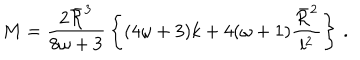
M = { \frac { 2 \bar { \cal R } ^ { 3 } } { 8 \omega + 3 } } \left\{ ( 4 \omega + 3 ) k + 4 ( \omega + 1 ) { \frac { \bar { \cal R } ^ { 2 } } { l ^ { 2 } } } \right\} \, .